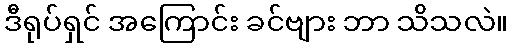
ဒီရုပ်ရှင် အကြောင်း ခင်ဗျား ဘာ သိသလဲ။